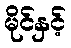
မိုင်နှင့်